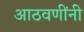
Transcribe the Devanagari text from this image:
आठवणींनी